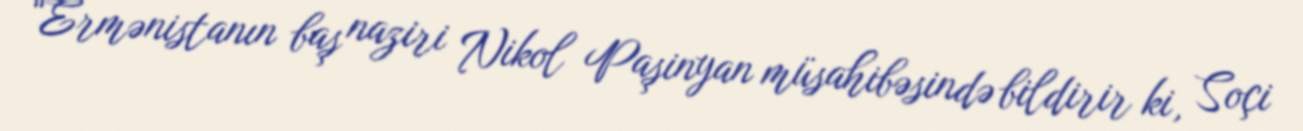
“Ermənistanın baş naziri Nikol Paşinyan müsahibəsində bildirir ki, Soçi